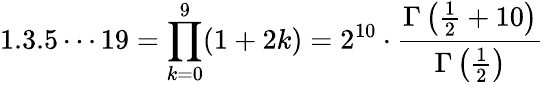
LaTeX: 1.3.5\cdots 19=\prod_{k=0}^{9}(1+2k)=2^{10}\cdot{\frac{\Gamma\left({\frac{1}{2}}+10\right)}{\Gamma\left({\frac{1}{2}}\right)}}